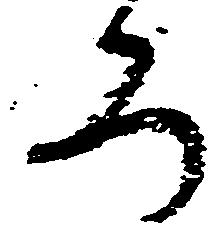
ろ